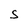
Character: S